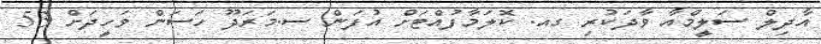
އާދިލް ސަލީމްއާ ވާދަކުރި ގއ. ކޮލަމާފުއްޓަށް އުފަން ސ.މަރަދޫ ހަސަން ވަހީދަށް 53